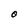
Character: O